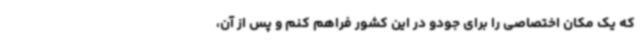
که یک مکان اختصاصی را برای جودو در این کشور فراهم کنم و پس از آن،